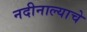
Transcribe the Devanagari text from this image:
नदीनाल्याचे